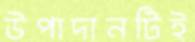
উপাদানটিই